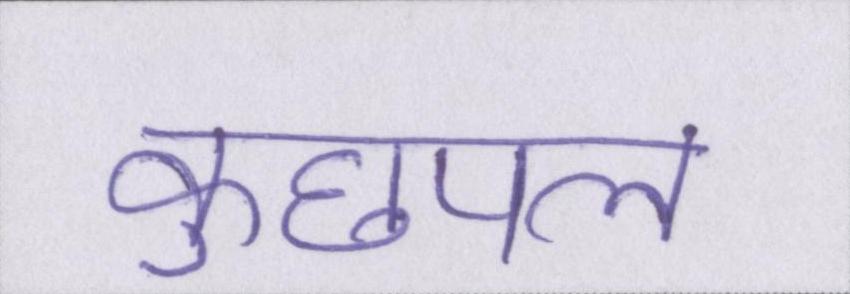
कुछपल